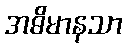
အဓိမာနသာ